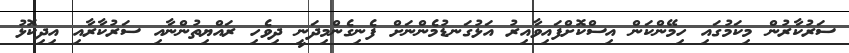
ސަރުކާރުން މިކަމުގައި ހިމޭންކަން އިސްކޮށްފައިވާއިރު އަޅުގަނޑުމެންނަށް ފެނިގެންމިދަނީ ދިވެހި ރައްޔިތުންނާއި ސަރުކާރާއި އިދިކޮޅު